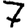
Digit: 7